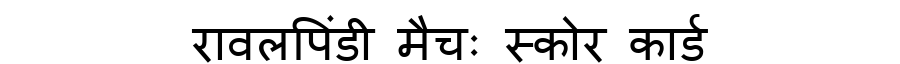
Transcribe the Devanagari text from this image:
रावलपिंडी मैचः स्कोर कार्ड